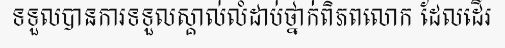
ទទួលបានការទទួលស្គាល់លំដាប់ថ្នាក់ពិភពលោក ដែលដើរ